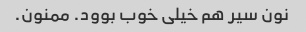
نون سیر هم خیلی خوب بوود. ممنون.